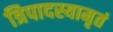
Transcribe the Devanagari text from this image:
त्रिपादस्यामृतं